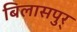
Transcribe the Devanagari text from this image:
बिलासपुर्